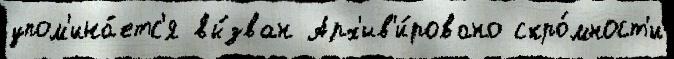
упом'ина́етс'я вы́зван Арх'ив'и́ровано скро́мност'и